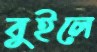
বুইলে